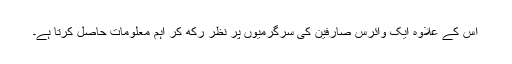
اس کے علاوہ ایک وائرس صارفین کی سرگرمیوں پر نظر رکھ کر اہم معلومات حاصل کرتا ہے۔